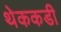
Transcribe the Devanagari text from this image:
थेककडी